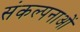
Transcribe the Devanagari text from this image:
संकल्‍पनाओं